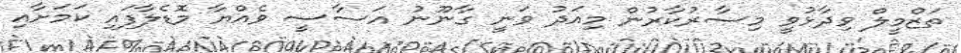
ތަޒްމީލް ވިދާޅުވީ މިސާރުކާރުން މިއަދު ވަނީ ގާނޫނު އަަސާސީ ވެއްޔާ މޮޑެލާފައި ކަމަށާއި